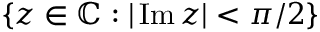
\{ z \in \mathbb { C } : | \operatorname { I m } z | < \pi / 2 \}